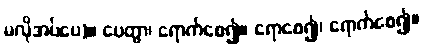
မလိုအပ်ပေ)။ ပေတွာ၊ ရောက်စေ၍။ ရောစေ၍၊ ရောက်စေ၍။